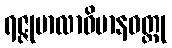
ရဇ္ဇုမာလာဝိမာနဝတ္ထု